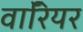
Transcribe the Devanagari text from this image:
वाॅरियर